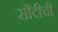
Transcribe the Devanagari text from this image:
सौदीची